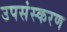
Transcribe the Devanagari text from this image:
उपसंस्करण